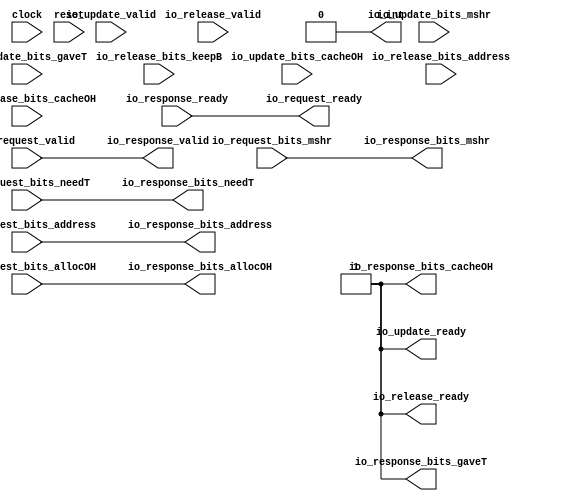
module BroadcastFilter(
  input         clock,
  input         reset,
  output        io_int,
  output        io_request_ready,
  input         io_request_valid,
  input  [1:0]  io_request_bits_mshr,
  input  [31:0] io_request_bits_address,
  input         io_request_bits_allocOH,
  input         io_request_bits_needT,
  input         io_response_ready,
  output        io_response_valid,
  output [1:0]  io_response_bits_mshr,
  output [31:0] io_response_bits_address,
  output        io_response_bits_allocOH,
  output        io_response_bits_needT,
  output        io_response_bits_gaveT,
  output        io_response_bits_cacheOH,
  output        io_update_ready,
  input         io_update_valid,
  input  [1:0]  io_update_bits_mshr,
  input         io_update_bits_gaveT,
  input         io_update_bits_cacheOH,
  output        io_release_ready,
  input         io_release_valid,
  input  [31:0] io_release_bits_address,
  input         io_release_bits_keepB,
  input         io_release_bits_cacheOH
);
  assign io_int = 1'h0; // @[Broadcast.scala 360:10]
  assign io_request_ready = io_response_ready; // @[Broadcast.scala 362:20]
  assign io_response_valid = io_request_valid; // @[Broadcast.scala 363:21]
  assign io_response_bits_mshr = io_request_bits_mshr; // @[Broadcast.scala 365:28]
  assign io_response_bits_address = io_request_bits_address; // @[Broadcast.scala 366:28]
  assign io_response_bits_allocOH = io_request_bits_allocOH; // @[Broadcast.scala 368:28]
  assign io_response_bits_needT = io_request_bits_needT; // @[Broadcast.scala 367:28]
  assign io_response_bits_gaveT = 1'h1; // @[Broadcast.scala 369:28]
  assign io_response_bits_cacheOH = 1'h1; // @[Broadcast.scala 371:33]
  assign io_update_ready = 1'h1; // @[Broadcast.scala 373:19]
  assign io_release_ready = 1'h1; // @[Broadcast.scala 374:20]
endmodule